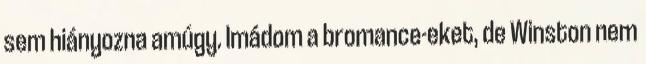
sem hiányozna amúgy. Imádom a bromance-eket, de Winston nem